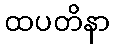
ထပတိနာ